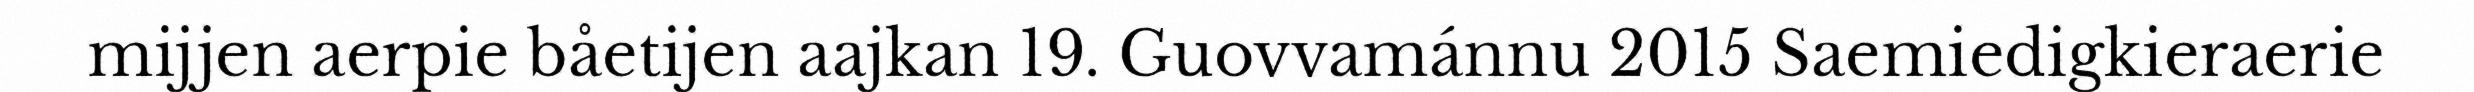
mijjen aerpie båetijen aajkan 19. Guovvamánnu 2015 Saemiedigkieraerie